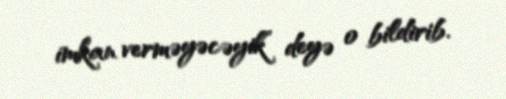
imkan verməyəcəyik” deyə o bildirib.